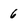
Character: 6